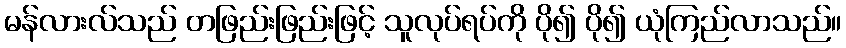
မန်လားလ်သည် တဖြည်းဖြည်းဖြင့် သူလုပ်ရပ်ကို ပို၍ ပို၍ ယုံကြည်လာသည်။